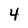
Character: 4